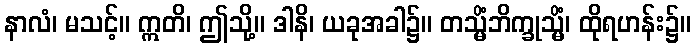
နာလံ၊ မသင့်။ ဣတိ၊ ဤသို့။ ဒါနိ၊ ယခုအခါ၌။ တသ္မိံဘိက္ခုသ္မိံ၊ ထိုရဟန်း၌။